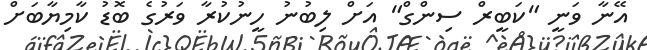
އޭނާ ވަނީ "ކަބީރް ސިންގް" އަށް ލިބުނު ހީނުކުރާ ވަރުގެ ބޮޑު ކާމިޔާބަށް